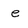
Character: e